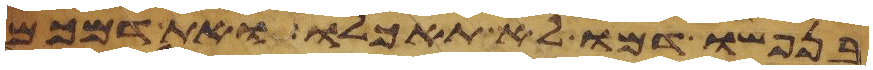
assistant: בנפשו דמו לא תאכלו ואת דמכם